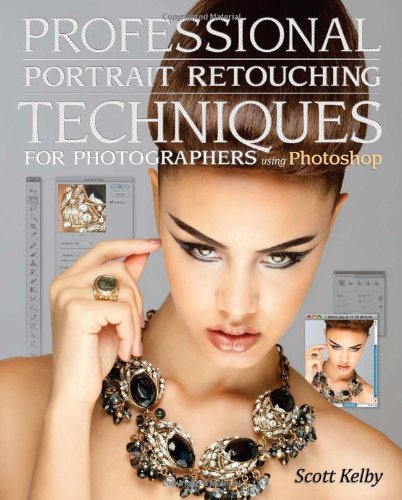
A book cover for Professional Portrait Retouching Techniques for Photographers Using Photoshop (Voices That Matter); Scott Kelby; Computers & Technology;